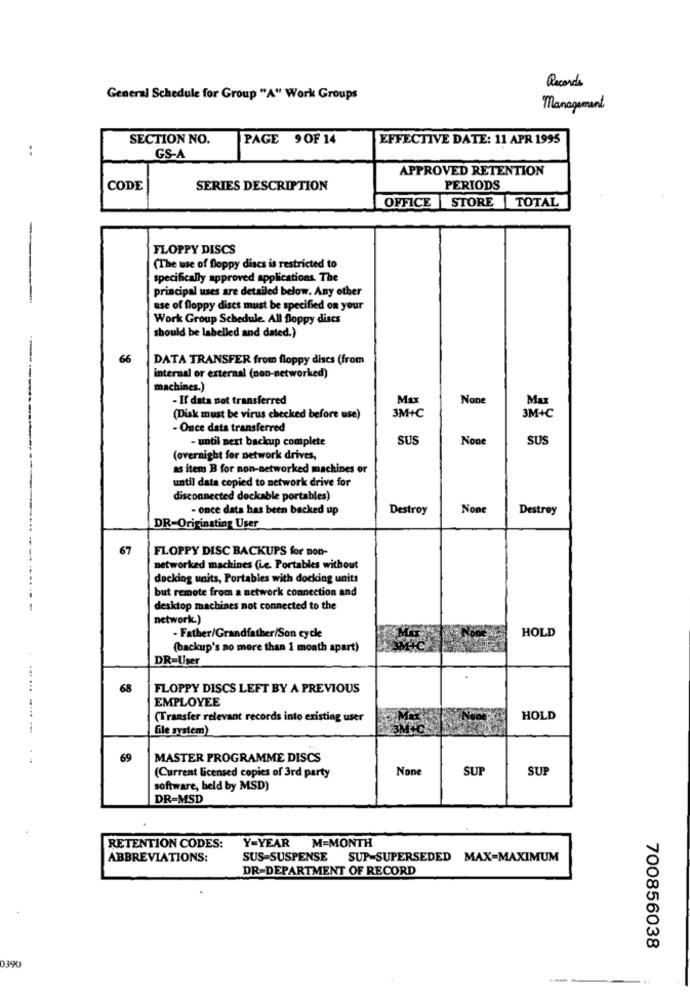
Records
General Schedule for Group "A" Work Groups
Management
SECTION NO.
PAGE 9 OF 14
EFFECTIVE DATE: 11 APR 1995
GS-A
APPROVED RETENTION
CODE
SERIES DESCRIPTION
PERIODS
OFFICE STORE TOTAL
FLOPPY DISCS
(The use of floppy discs is restricted to
specifically approved applications. The
principal uses are detailed below. Any other
use of floppy discs must be specified on your
Work Group Schedule. All floppy discs
should be labelled and dated.)
66
DATA TRANSFER from floppy discs (from
internal or external (non-networked)
machines.)
- If data not transferred
Max
Max
3M++C
3M+C
(Disk must be virus checked before use)
- Once data transferred
- until next backup complete
SUS
SUS
(overnight for network drives,
as item B for non-networked machines or
until data copied to network drive for
disconnected dockable portables)
- once data has been backed up
Destroy
Destroy
DR-Originating User
67
FLOPPY DISC BACKUPS for non-
networked machines (Le. Portables without
docking units, Portables with docking units
but remote from a network connection and
desktop machines not connected to the
network.)
- Father/Grandfather/Son cycle
HOLD
(backup's no more than 1 month apart)
DR-User
....
68
FLOPPY DISCS LEFT BY A PREVIOUS
EMPLOYEE
(Transfer relevant records into existing user
HOLD
file system)
69
MASTER PROGRAMME DISCS
SUP
SUP
(Current licensed copies of 3rd party
software, beld by MSD)
DR=MSD
RETENTION CODES:
Y-YEAR
M=MONTH
ABBREVIATIONS:
SUS=SUSPENSE SUP-SUPERSEDED MAX=MAXIMUM
DR-DEPARTMENT OF RECORD
700856038
0390
--